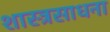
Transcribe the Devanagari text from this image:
शास्त्रसाधना